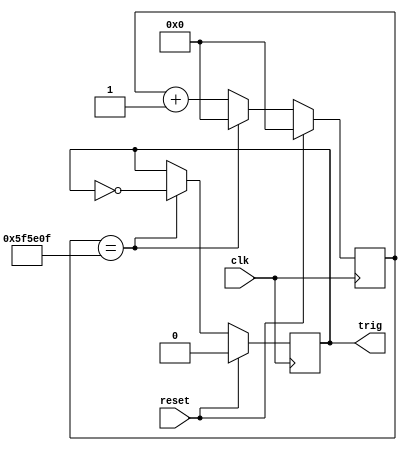
`timescale 1ns / 1ps


//10us
module Trig_Signal(
    input clk, //
    input reset,
    output trig    
    );
    
    reg reg_trig;
    reg [25:0] jishu_cnt;
    parameter a=12500000;//100ms
    
    always@(posedge clk)
    begin
        if(reset==1'b1)
        begin
            reg_trig<=0;
            jishu_cnt<=0;
        end
        else if(jishu_cnt==((a/2)-1))
            begin        
                jishu_cnt<=0;
                reg_trig<=~reg_trig;
            end
        else jishu_cnt=jishu_cnt+1;       
   end
   assign trig=reg_trig;
endmodule